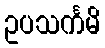
ဥပသင်္ကမိ